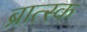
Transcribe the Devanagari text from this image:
ब्रात्स्क